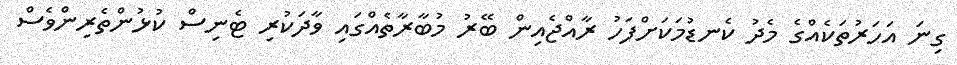
ގިނަ އަހަރުތަކެއްގެ މެދު ކެނޑުމަކަށްފަހު ރާއްޖެއިން ބޭރު މުބާރާތެއްގައި ވާދަކުރި ޓެނިސް ކުޅުންތެރިންވެސް